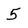
Character: 5